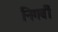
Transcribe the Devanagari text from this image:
निगर्वी